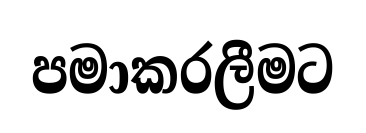
පමාකරලීමට